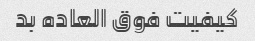
کیفیت فوق العاده بد